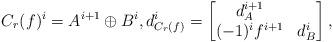
LaTeX: \begin{align*} C_r(f)^i = A^{i+1} \oplus B^i, d_{C_r(f)}^i = \begin{bmatrix} d_A^{i+1} & \\ (-1)^i f^{i+1} & d_B^i \end{bmatrix},\end{align*}